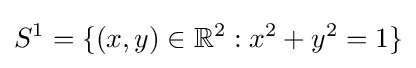
S^{1}=\{(x,y)\in \mathbb {R} ^{2}:x^{2}+y^{2}=1\}